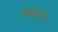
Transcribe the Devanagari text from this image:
पायन।